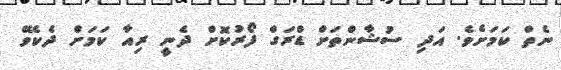
ނެތް ކަމަށެވެ. އަދި ސުޝާންތަށް ޑްރަގް ފޯރުކޮށް ދެނީ ރިއާ ކަމަށް ދެކެވޭ